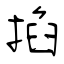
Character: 掐